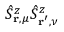
\hat { S } _ { \mathbf { r } , \mu } ^ { z } \hat { S } _ { \mathbf { r ^ { \prime } } , \nu } ^ { z }